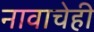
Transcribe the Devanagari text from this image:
नावाचेही